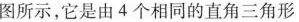
图所示，它是由4个相同的直角三角形